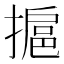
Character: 㨭